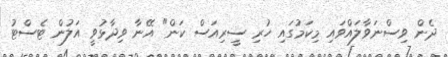
ދެން ވިސްނަވާލައްވައި މިކަމުގައި ހުރި ސީރިއަސް ކަން" އޭނާ ވިދާޅުވީ އަލުން ޓެސްޓު